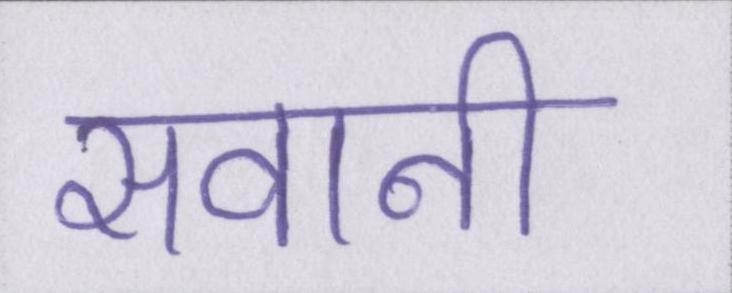
सवानी